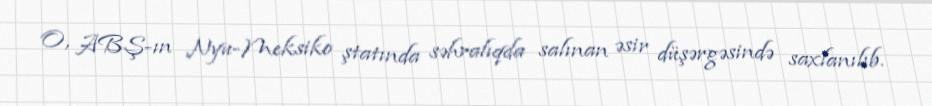
O, ABŞ-ın Nyu-Meksiko ştatında səhralıqda salınan əsir düşərgəsində saxlanılıb.